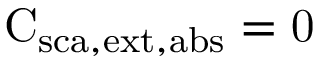
\mathrm { C _ { \mathrm { { s c a } , \mathrm { { e x t } , \mathrm { { a b s } } } } } = 0 }